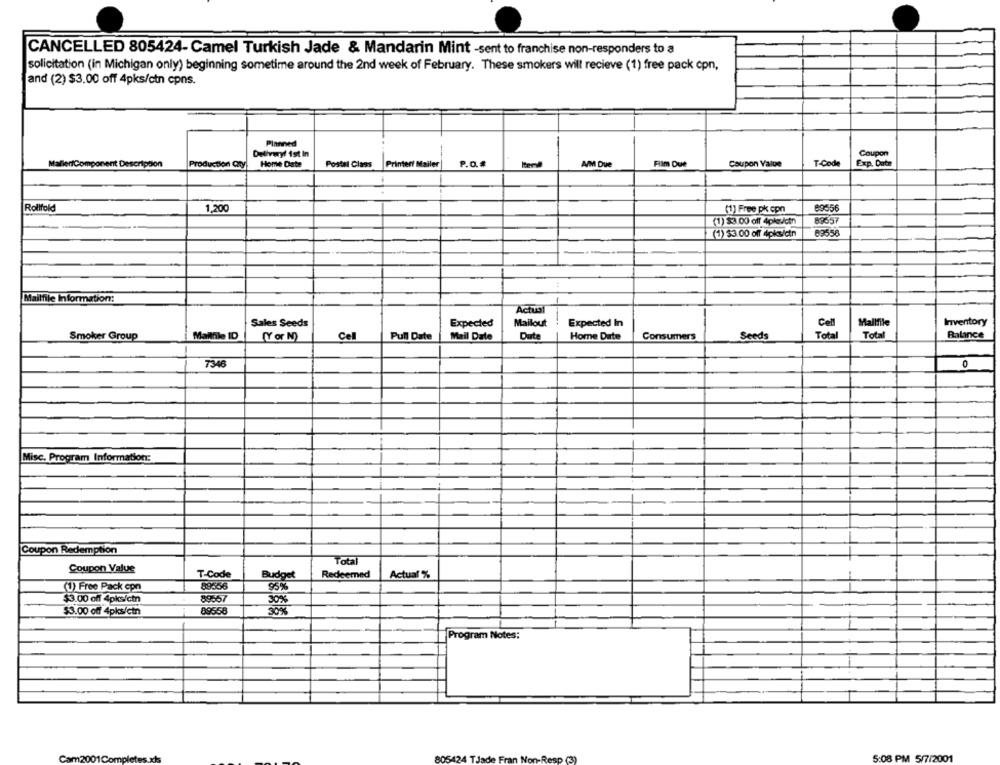
CANCELLED 805424- Camel Turkish Jade & Mandarin Mint -sent to franchise non-responders to a
solicitation (in Michigan only) beginning sometime around the 2nd week of February. These smokers will recieve (1) free pack con,
and (2) $3.00 off 4pks/ctn cpns.
Planned
Delivery/ 1st In
Coupon
MafierfComponent Description
Production Qty
Home Date
Postal Class
Printerf Mailer
P.D.#
A/M Due
Film Due
Coupon Value
T-Code
Exp. Date
89556
Rollfold
1.200
(1) Free pk con
(1) $3.00 off 4pk/ctn
89657
(1) $3.00 off 4pks/ctn
69556
Mailfile Information:
Actual
Mailout
Mallfile
Inventory
Sales Seeds
Expected
Expected In
Cell
Smoker Group
Makthle ID
(Y or N)
Cell
Pull Date
Mail Date
Dute
Home Date
Consumers
Seeds
Total
Total
Balance
7346
0
Misc. Program Information:
Coupon Redemption
Total
Coupon Value
T-Code
Redeemed
Actual %
Budge
(1) Free Pack cpn
89656
$3.00 off 4pks/ctn
89557
30%
$3.00 off 4pks/ctn
09558
Program Notes:
Cam2001Com
5:08 PM 5/7/2001
805424 TJade Fran Non-Resp (3)